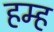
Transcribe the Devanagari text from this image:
हम्ह